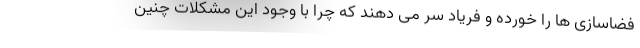
فضاسازی ها را خورده و فریاد سر می دهند که چرا با وجود این مشکلات چنین